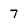
Character: 7